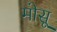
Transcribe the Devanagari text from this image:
मोसू